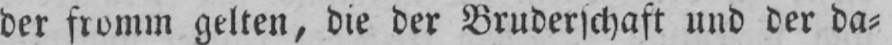
der fromm gelten, die der Bruderschaft und der da⸗